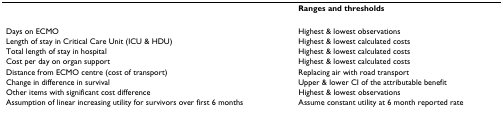
<table><thead><tr><td></td><td><b>Ranges and thresholds</b></td></tr></thead><tbody><tr><td>Days on ECMO</td><td>Highest &amp; lowest observations</td></tr><tr><td>Length of stay in Critical Care Unit (ICU &amp; HDU)</td><td>Highest &amp; lowest calculated costs</td></tr><tr><td>Total length of stay in hospital</td><td>Highest &amp; lowest calculated costs</td></tr><tr><td>Cost per day on organ support</td><td>Highest &amp; lowest calculated costs</td></tr><tr><td>Distance from ECMO centre (cost of transport)</td><td>Replacing air with road transport</td></tr><tr><td>Change in difference in survival</td><td>Upper &amp; lower CI of the attributable benefit</td></tr><tr><td>Other items with significant cost difference</td><td>Highest &amp; lowest observations</td></tr><tr><td>Assumption of linear increasing utility for survivors over first 6 months</td><td>Assume constant utility at 6 month reported rate</td></tr></tbody></table>